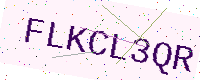
Text: FLKCL3QR